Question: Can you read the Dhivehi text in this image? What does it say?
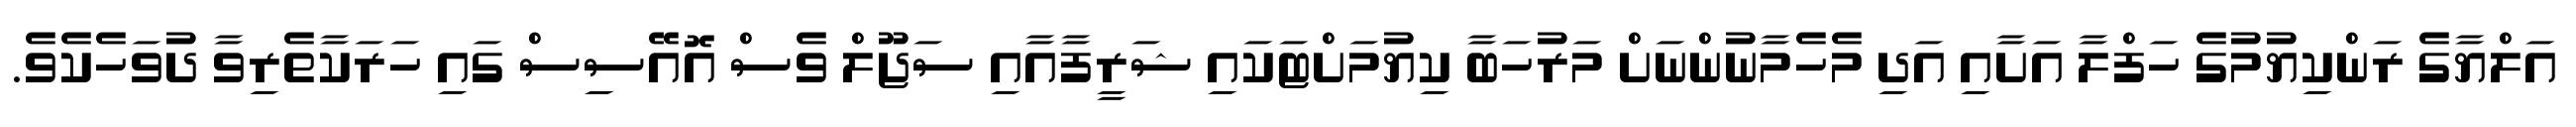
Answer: އަލްޔާގެ ރަންކިޔުމުގެ ހަފްލާ އަށާއި އަދި މެހެމާނުންނަށް މަރުހަބާ ކިޔުމަށްޓަކައި ޝަރީފާއާއި ސަޖޫލް ވެސް އޮއޭސިސް ގައި ހަރަކާތެރިވާ ދުވަހެކެވެ.